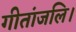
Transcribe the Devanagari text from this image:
गीतांजलि।